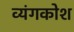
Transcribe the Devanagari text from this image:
व्यंगकोश